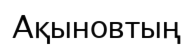
Ақыновтың